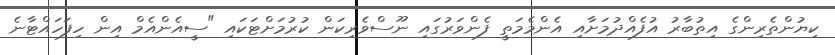
ކިޔުންތެރިންގެ އިތުބާރު އުފެއްދުމަށާއި އެންމެމަތީ ފެންވަރުގައި ނޫސްވެރިކަން ކުރުމަށްޓަކައި "ސީއެންއެމް އިން ހިފަހައްޓާނެ